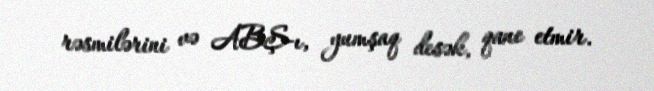
rəsmilərini və ABŞ-ı, yumşaq desək, qane etmir.